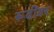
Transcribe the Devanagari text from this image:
रूढींवर